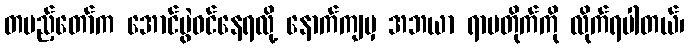
တပည့်တော်က အောင်ပွဲဝင်နေရလို့ နောက်ကျမှ အဘယာ ရာမတိုက်ကို လိုက်ရပါတယ်၊